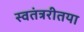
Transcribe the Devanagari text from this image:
स्वतंत्ररीतया